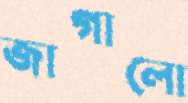
জাগালো